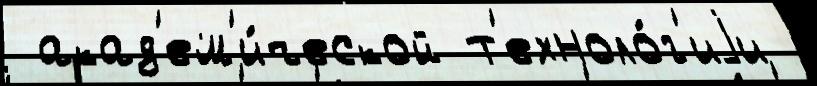
 акад'ем'и́ческой т'ехноло́г'иjи